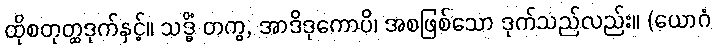
ထိုစတုတ္ထဒုက်နှင့်။ သဒ္ဓိံ တကွ, အာဒိဒုကောပိ၊ အစဖြစ်သော ဒုက်သည်လည်း။ (ယောဂံ